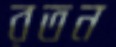
রতন